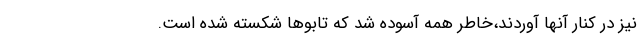
نیز در کنار آنها آوردند،خاطر همه آسوده شد که تابوها شکسته شده است.